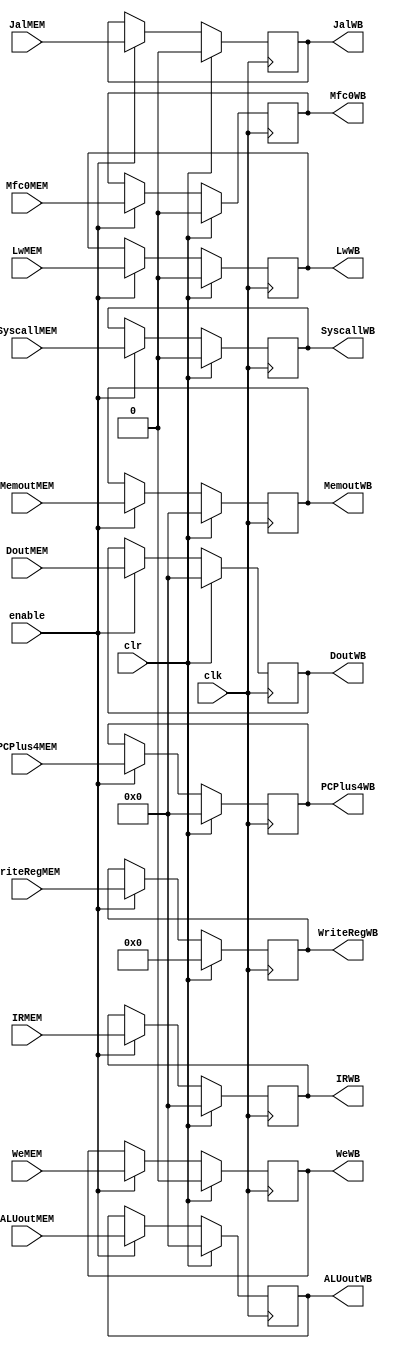
`timescale 1ns / 1ps
//////////////////////////////////////////////////////////////////////////////////
// Company: 
// Engineer: 
// 
// Design Name: 
// Module Name: MEM_WB
// Project Name: 
// Target Devices: 
// Tool Versions: 
// Description: 
// 
// Dependencies: 
// 
// Revision:
// Revision 0.01 - File Created
// Additional Comments:
// 
//////////////////////////////////////////////////////////////////////////////////


module MEM_WB(clk,enable,clr,SyscallMEM,WeMEM,JalMEM,LwMEM,WriteRegMEM,ALUoutMEM,MemoutMEM,IRMEM,PCPlus4MEM,SyscallWB,WeWB,JalWB,LwWB,WriteRegWB,ALUoutWB,MemoutWB,IRWB,PCPlus4WB,DoutMEM,Mfc0MEM,DoutWB,Mfc0WB);
input wire clk,enable,clr,SyscallMEM,WeMEM,JalMEM,LwMEM,Mfc0MEM;
input wire [4:0] WriteRegMEM;
input wire [31:0] ALUoutMEM,MemoutMEM,IRMEM,PCPlus4MEM,DoutMEM;
output reg  SyscallWB,WeWB,JalWB,LwWB,Mfc0WB;
output reg  [4:0] WriteRegWB;
output reg  [31:0] ALUoutWB,MemoutWB,IRWB,PCPlus4WB,DoutWB;

initial
begin    
        SyscallWB<=0;
        WeWB<=0;
        JalWB<=0;
        LwWB<=0;
        WriteRegWB<=0;
        ALUoutWB<=0;
        MemoutWB<=0;
        IRWB<=0;
        PCPlus4WB<=0;
        DoutWB<=0;
        Mfc0WB<=0;
end

always@(posedge clk)
begin
    if(clr)
    begin
        SyscallWB<=0;
        WeWB<=0;
        JalWB<=0;
        LwWB<=0;
        WriteRegWB<=0;
        ALUoutWB<=0;
        MemoutWB<=0;
        IRWB<=0;
        PCPlus4WB<=0;
        DoutWB<=0;
        Mfc0WB<=0;
     end
     else if(enable) 
     begin
        SyscallWB<=SyscallMEM;
        WeWB<=WeMEM;
        JalWB<=JalMEM;
        LwWB<=LwMEM;
        WriteRegWB<=WriteRegMEM;
        ALUoutWB<=ALUoutMEM;
        MemoutWB<=MemoutMEM;
        IRWB<=IRMEM;
        PCPlus4WB<=PCPlus4MEM;
        DoutWB<=DoutMEM;
        Mfc0WB<=Mfc0MEM;
     end
end
endmodule